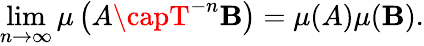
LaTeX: \operatorname*{lim}_{n\to\infty}\mu\left(A\capT^{-n}\mathbf{B}\right)=\mu(A)\mu(\mathbf{B}).